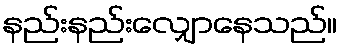
နည်းနည်းလျှောနေသည်။